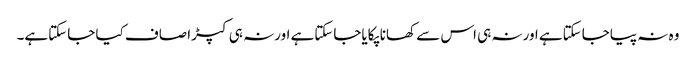
وہ نہ پیاجاسکتاہے اورنہ ہی اس سے کھانا پکایاجاسکتاہے اورنہ ہی کپڑا صاف کیا جاسکتاہے۔